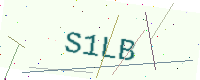
Text: S1LB